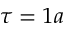
\tau = 1 a